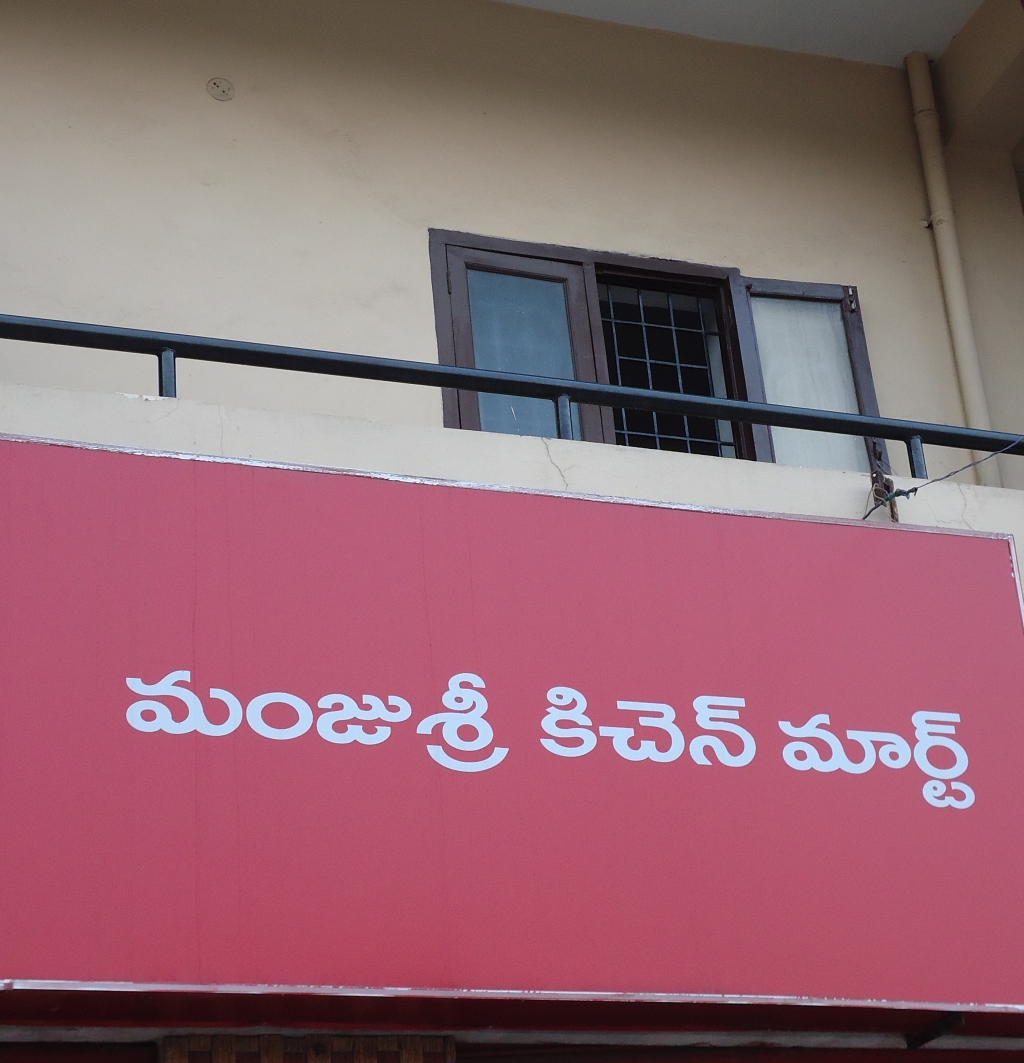
Language: telugu
Transcription: మంజు శ్రీ కిచెన్ మార్ట్